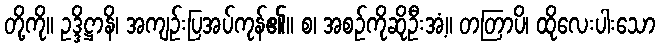
တို့ကို။ ဥဒ္ဒိဋ္ဌာနိ၊ အကျဉ်းပြအပ်ကုန်၏။ စ၊ အစဉ်ကိုဆိုဦးအံ့။ တတြာပိ၊ ထိုလေးပါးသော